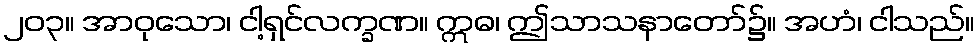
၂၀၃။ အာဝုသော၊ ငါ့ရှင်လက္ခဏ။ ဣဓ၊ ဤသာသနာတော်၌။ အဟံ၊ ငါသည်။